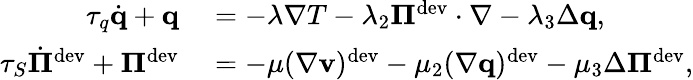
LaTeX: \begin{array}{rl}{\tau_{q}\dot{\mathbf q}+\mathbf q}&{{}=-\lambda\nabla T-\lambda_{2}\boldsymbol\Pi^{\textrm{dev}}\cdot\nabla-\lambda_{3}\Delta\mathbf q,}\\ {\tau_{S}\dot{\boldsymbol\Pi}^{\textrm{dev}}+\boldsymbol\Pi^{\textrm{dev}}}&{{}=-\mu(\nabla\mathbf v)^{\textrm{dev}}-\mu_{2}(\nabla\mathbf q)^{\textrm{dev}}-\mu_{3}\Delta\boldsymbol\Pi^{\textrm{dev}},}\end{array}